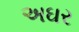
અઘર